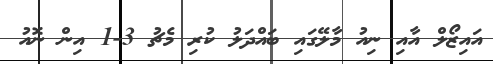
އައިޒޯލް އާއި ނިއު މާލޭގައި ބައްދަލު ކުރި މެޗު 3-1 އިން ނޮއު